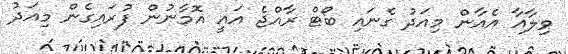
ވިލާއާ އެއާން މިއަދު ގެނައި ބޯޓް ރާއްޖެ އައީ އޮމާނުން ފުރައިގެން މިއަދު